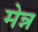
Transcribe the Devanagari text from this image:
मेन्न